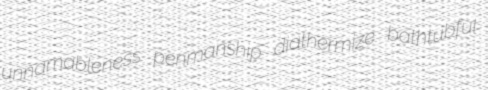
unnamableness penmanship diathermize bathtubful